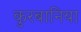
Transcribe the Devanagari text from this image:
कुरबानिया